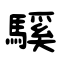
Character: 騱